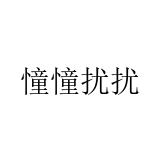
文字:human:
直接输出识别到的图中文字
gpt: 憧憧扰扰